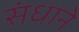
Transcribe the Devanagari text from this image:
संधाने